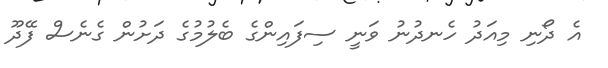
އެ ދޯނި މިއަދު ހެނދުނު ވަނީ ސިފައިންގެ ބެލުމުގެ ދަށުން ގެނެސް ފޭދޫ